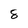
Character: 8